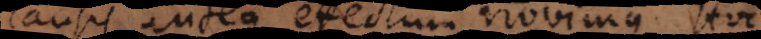
usis antea effectum novimus.